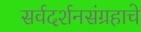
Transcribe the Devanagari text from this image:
सर्वदर्शनसंग्रहाचे